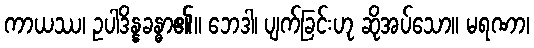
ကာယဿ၊ ဥပါဒိန္နခန္ဓာ၏။ ဘေဒါ၊ ပျက်ခြင်းဟု ဆိုအပ်သော။ မရဏာ၊